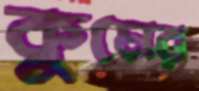
কুমের